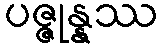
ပဇ္ဇုန္နဿ